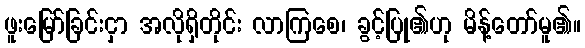
ဖူးမြော်ခြင်းငှာ အလိုရှိတိုင်း လာကြစေ၊ ခွင့်ပြု၏ဟု မိန့်တော်မူ၏။